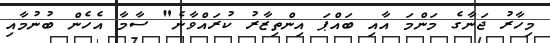
މިހާރު ޖަނާގެ މަންމަ އާއި ބައްޕަ އިންތިޒާރު ކުރައްވާނެ" ސާމާ އެހެން ބުނުމާއި